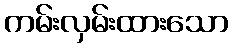
ကမ်းလှမ်းထားသော